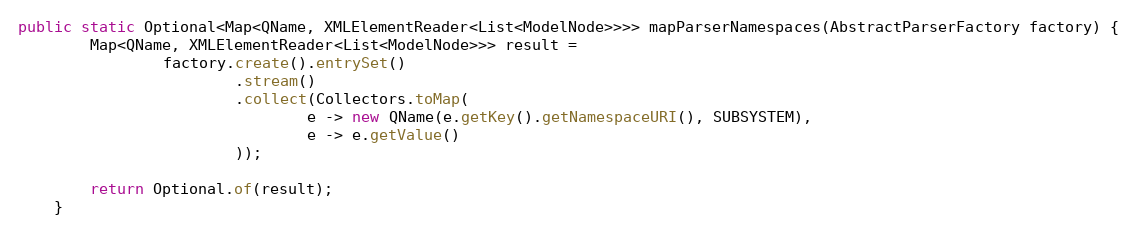
Language: Java
public static Optional<Map<QName, XMLElementReader<List<ModelNode>>>> mapParserNamespaces(AbstractParserFactory factory) {
        Map<QName, XMLElementReader<List<ModelNode>>> result =
                factory.create().entrySet()
                        .stream()
                        .collect(Collectors.toMap(
                                e -> new QName(e.getKey().getNamespaceURI(), SUBSYSTEM),
                                e -> e.getValue()
                        ));

        return Optional.of(result);
    }